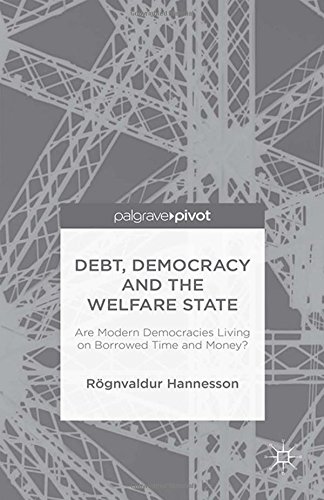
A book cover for Debt, Democracy and the Welfare State: Are Modern Democracies Living on Borrowed Time and Money? (Palgrave Pivot); RÃ¶gnvaldur Hannesson; Business & Money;